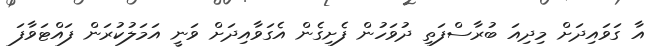
އާ ގަވައިދަށް މިދިއަ ބުރާސްފަތި ދުވަހުން ފެށިގެން އެގަވާއިދަށް ވަނީ އަމަލުކުރަން ފައްޓަވާފަ